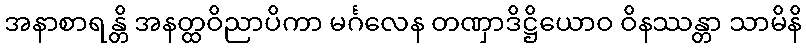
အနာစာရန္တိ အနတ္ထဝိညာပိကာ မင်္ဂလေန တဏှာဒိဋ္ဌိယောဝ ဝိနဿန္တာ သာမိနိ